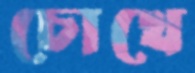
চোখে